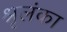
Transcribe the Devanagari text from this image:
श्रृलंका